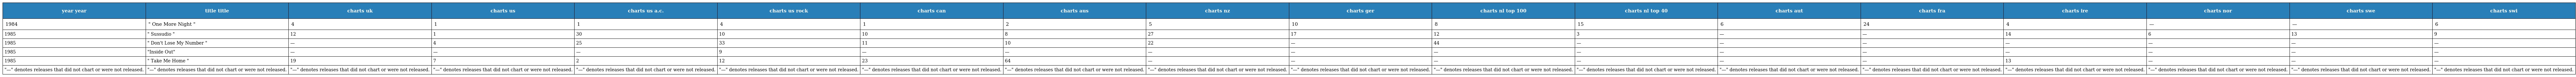
| year year | title title | charts uk | charts us | charts us a.c. | charts us rock | charts can | charts aus | charts nz | charts ger | charts nl top 100 | charts nl top 40 | charts aut | charts fra | charts ire | charts nor | charts swe | charts swi |
 | --- | --- | --- | --- | --- | --- | --- | --- | --- | --- | --- | --- | --- | --- | --- | --- | --- | --- |
 | 1984 | " One More Night " | 4 | 1 | 1 | 4 | 1 | 2 | 5 | 10 | 8 | 15 | 6 | 24 | 4 | — | — | 6 |
 | 1985 | " Sussudio " | 12 | 1 | 30 | 10 | 10 | 8 | 27 | 17 | 12 | 3 | — | — | 14 | 6 | 13 | 9 |
 | 1985 | " Don't Lose My Number " | — | 4 | 25 | 33 | 11 | 10 | 22 | — | 44 | — | — | — | — | — | — | — |
 | 1985 | "Inside Out" | — | — | — | 9 | — | — | — | — | — | — | — | — | — | — | — | — |
 | 1985 | " Take Me Home " | 19 | 7 | 2 | 12 | 23 | 64 | — | — | — | — | — | — | 13 | — | — | — |
 | "—" denotes releases that did not chart or were not released. | "—" denotes releases that did not chart or were not released. | "—" denotes releases that did not chart or were not released. | "—" denotes releases that did not chart or were not released. | "—" denotes releases that did not chart or were not released. | "—" denotes releases that did not chart or were not released. | "—" denotes releases that did not chart or were not released. | "—" denotes releases that did not chart or were not released. | "—" denotes releases that did not chart or were not released. | "—" denotes releases that did not chart or were not released. | "—" denotes releases that did not chart or were not released. | "—" denotes releases that did not chart or were not released. | "—" denotes releases that did not chart or were not released. | "—" denotes releases that did not chart or were not released. | "—" denotes releases that did not chart or were not released. | "—" denotes releases that did not chart or were not released. | "—" denotes releases that did not chart or were not released. | "—" denotes releases that did not chart or were not released. |